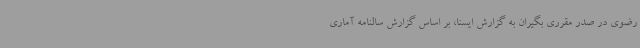
رضوی در صدر مقرری بگیران به گزارش ایسنا، بر اساس گزارش سالنامه آماری